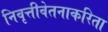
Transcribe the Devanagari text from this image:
निवृत्तीवेतनाकरिता